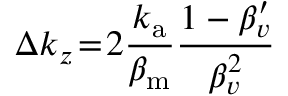
\Delta k _ { z } \! = \! 2 \frac { k _ { \mathrm { a } } } { \beta _ { \mathrm { m } } } \frac { 1 - \beta _ { v } ^ { \prime } } { \beta _ { v } ^ { 2 } }